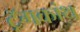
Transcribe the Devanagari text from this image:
ट्रॅगकांथ